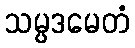
သမ္ပဒမေတံ